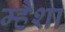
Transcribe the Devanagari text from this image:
म्हैशा